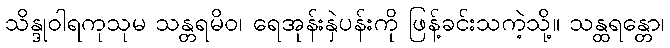
သိန္ဒုဝါရကုသုမ သန္တရမိဝ၊ ရေအုန်းနှဲပန်းကို ဖြန့်ခင်းသကဲ့သို့။ သန္ထရန္တော၊